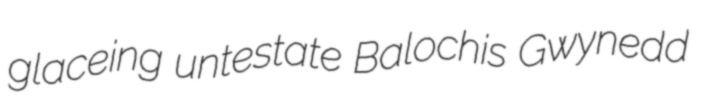
glaceing untestate Balochis Gwynedd